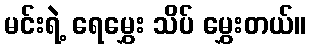
မင်းရဲ့ ရေမွှေး သိပ် မွှေးတယ်။